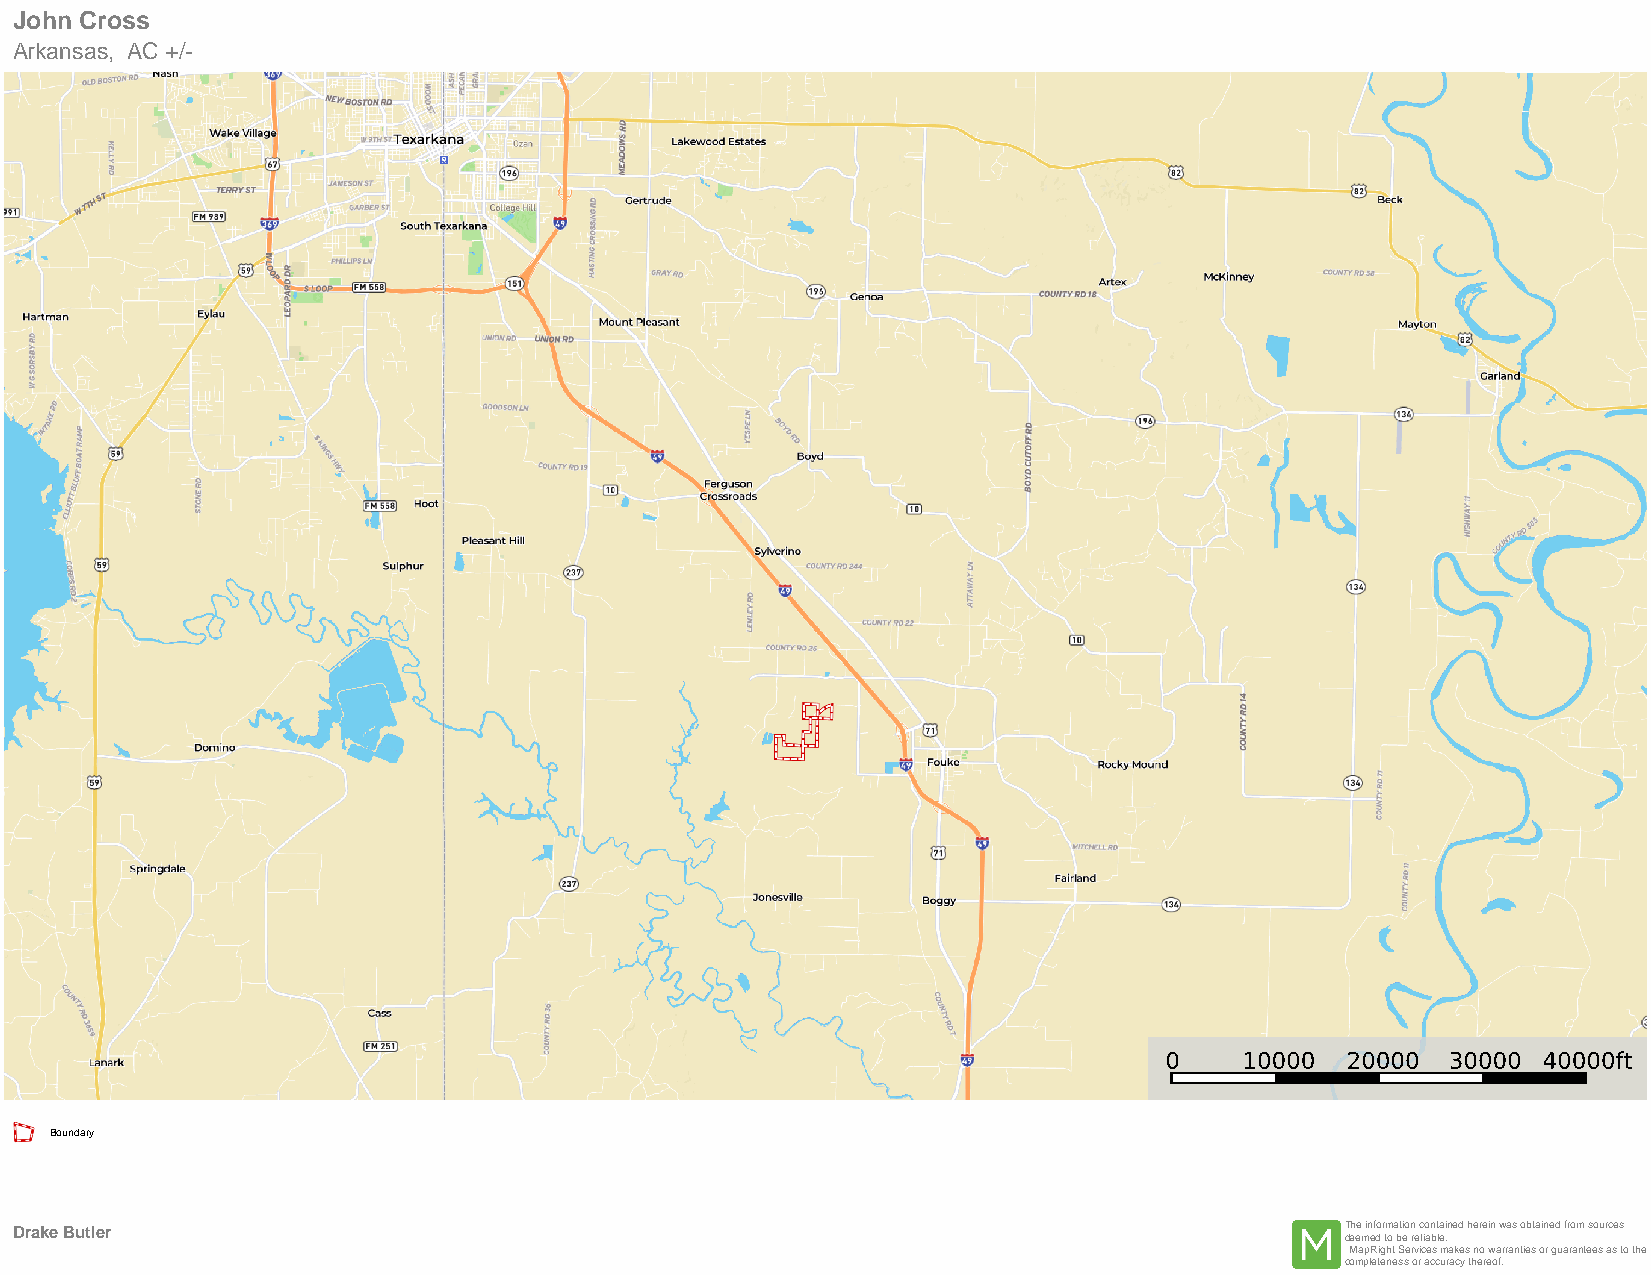
John Cross
 Arkansas, AC +/-
 Boundary
 Drake Butler                                                                            The information contained herein was obtained from sources
 deemed to be reliable.
 MapRight Services makes no warranties or guarantees as to the
 completeness or accuracy thereof.